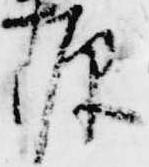
源